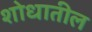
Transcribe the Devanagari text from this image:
शोधातील